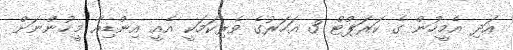
އަދި އެމީހުން ގެ ކަރަޕްޓް 3 އަހަރުގެ ވެރިކަމަކީ އެއީ އިންޑިއާ މީހުންނަށް